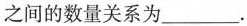
之间的数量关系为___.